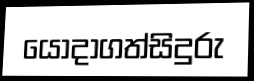
යොදාගත්සිදුරු